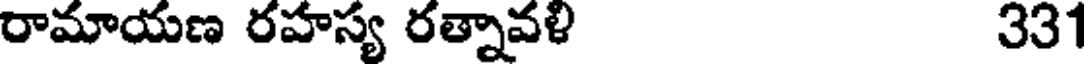
రామాయణ రహస్య రత్నావళి 331